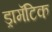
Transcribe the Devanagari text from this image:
ड्रामॅटिक